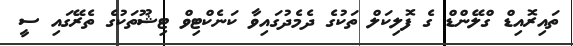
ތައިރޮއިޑް ގްލޭންޑް ގެ ފޮލިކަލް ތަކުގެ ދެމެދުގައިވާ ކަނެކްޓިވް ޓިޝޫތަކުގެ ތެރޭގައި ސީ